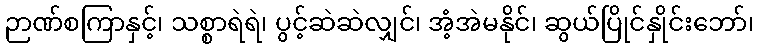
ဉာဏ်စကြာနှင့်၊ သစ္စာရဲရဲ၊ ပွင့်ဆဲဆဲလျှင်၊ အံ့အဲမနိုင်၊ ဆွယ်ပြိုင်နှိုင်းဘော်၊